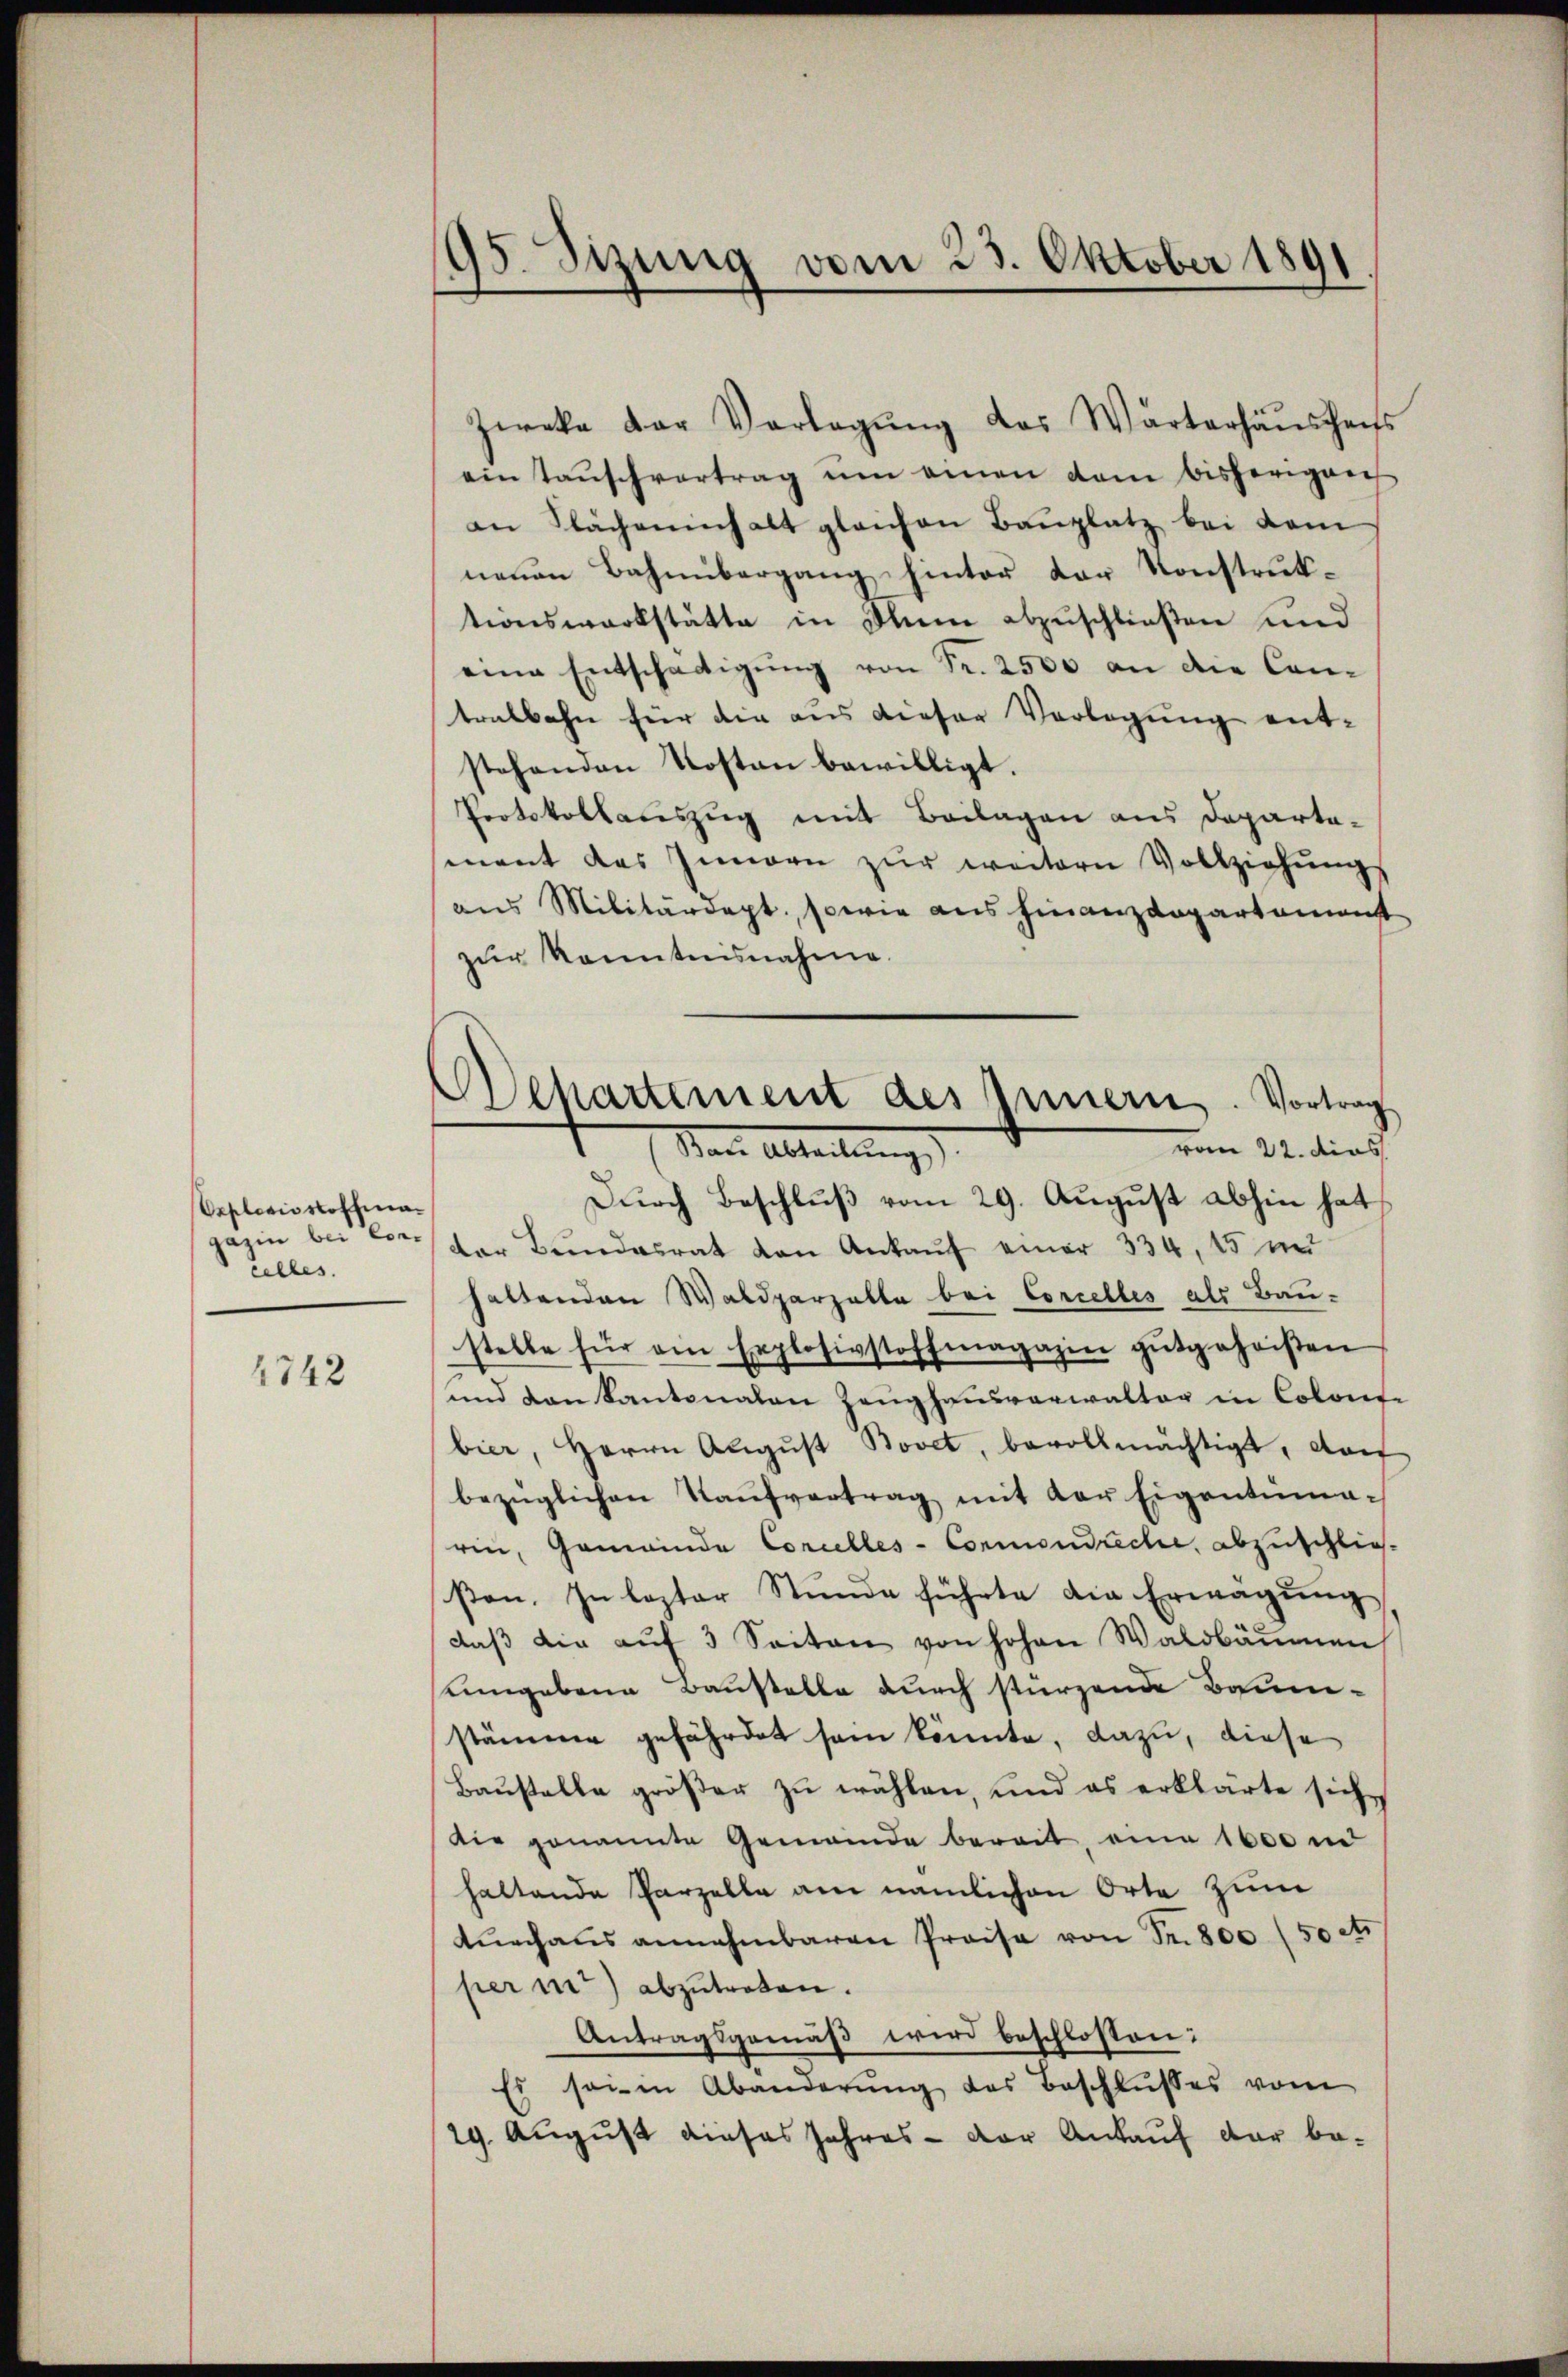
Oeplerisstoffman
gazin bei Concelles.

1742

95. Sitzung vom 23. Oktober 1891

Zweke der Vorlegŭng des Wärterhäuscheits
eintaŭschvertrag ŭm einen dem bisherigen
an Flachanhalt gleichen Bauplatz bei dem
neuen Bahnübergang hinter der Konstruktionswerkstätte in Sinn abzuschließen und
eine Entschädigŭng von Fr. 2500 an die Con-
tralbahn für die aus dieser Verlegung ent-
stehenden Kosten bewilligt.
Protokollauszug mit Beilagen aus Departamant das Innern zŭr weitern Vollziehŭngs
aus Militärdept, sowie aus Finanzdepartament
zŭr Kenntnisnahme.
Dŭrch Beschlŭβ vom 29. Aŭgŭst abhin hat
der Bundesrat von Ankaŭf einer 334, 15 mi
haltenden Waldparzalle bei Concelles als Bau-
stelle für am Explosivstoffmagazin gutgeheißen
und den Kantonalen Zeŭghaŭsverwaltag in Colont-
bier, Herrn August Bovet, bevollmächtigt, da
bezüglichen Kaŭfvertrag mit der Eigentuma-
rin, Gemeinde Corcelles-Commondreche, abzuschlies
sten. In lezter Stunde führte die Erwägŭng
daβ die aŭf 3 Seiten von hohen Waldbäŭmen
umgebene Baustelle durch stürzende Baune-
stämme gefährdet sein könnte, dazu, diese
Baustelle größer zu wählen, und es erklärte sich
Die genannte Gemeinde bereit, eine 1600 m
haltende Parzella am nämlichen Orte zum
tŭrchaus annehmbaren Preise von Sr. 800 (50 er
per int) abzutreten.
Antragsgemäß wird beschlossen:
Es sei in Abänderŭng des Beschlŭsses vom
29. August dieses Jahres - der Ankauf der be¬

chartement des Innern. Vortrag
vom 22. dies
Nate Abteilung